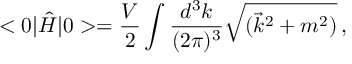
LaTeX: < 0 | \hat { H } | 0 > = \frac { V } { 2 } \int \frac { d ^ { 3 } k } { ( 2 \pi ) ^ { 3 } } \sqrt { ( \vec { k } ^ { 2 } + m ^ { 2 } ) } \, ,